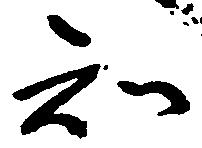
知